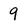
Character: 9